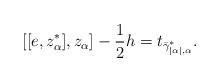
LaTeX: \begin{align*}[[e,z_\alpha^*],z_\alpha]-\frac{1}{2}h=t_{\bar{\gamma}^*_{|\alpha|,\alpha}}.\end{align*}